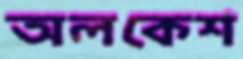
অলকেশ